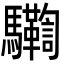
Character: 𩧛